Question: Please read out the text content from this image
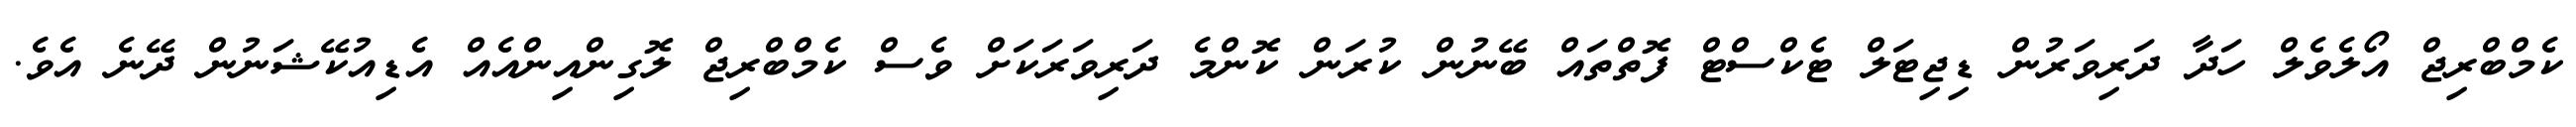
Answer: ކެމްބްރިޖް އޯލެވެލް ހަދާ ދަރިވަރުން ޑިޖިޓަލް ޓެކްސްޓް ފޮތްތައް ބޭނުން ކުރަން ކޮންމެ ދަރިވަރަކަށް ވެސް ކެމްބްރިޖް ލޮގިންއިންއެއް އެޑިއުކޭޝަނުން ދޭނެ އެވެ.